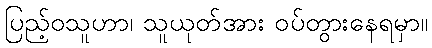
ပြည့်ဝသူဟာ၊ သူယုတ်အား ဝပ်တွားနေရမှာ။